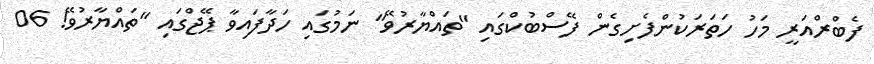
ފެބްރްއަރީ މަހު ހަތަރަކުންފެށިގެން ފޭސްބުކްގައި "ތައްޔާރުވޭ" ނަމުގައި ހަދާފައިވާ ޕޭޖްގައި "ތައްޔާރުވޭ! 06